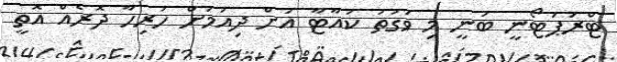
ޓްރަޕަޓޯނީ ބުނީ މި ވަގުތު ކުއާޓާ އަށް ދިއުމަށް ހުރިހާ ދޮރެއް އޮތީ